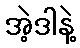
အဲ့ဒါနဲ့